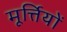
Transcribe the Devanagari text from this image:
मूर्त्तियों